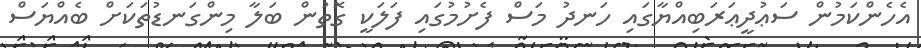
އެހެންކަމުން ސަޢުދީޢަރަބިއްޔާގައި ހަނދު މަސް ފެށުމުގައި ފަލަކީ ގޮތުން ބަލާ މިންގަނޑުތަކަށް ބެއްޔަސް